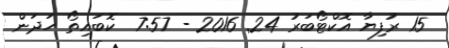
15 ރުފިޔާ އޮކްޓޯބަރު 24